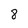
Character: 8